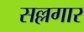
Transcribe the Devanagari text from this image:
सल्लगार